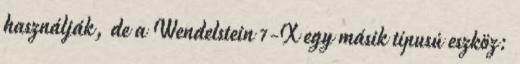
használják, de a Wendelstein 7-X egy másik típusú eszköz: